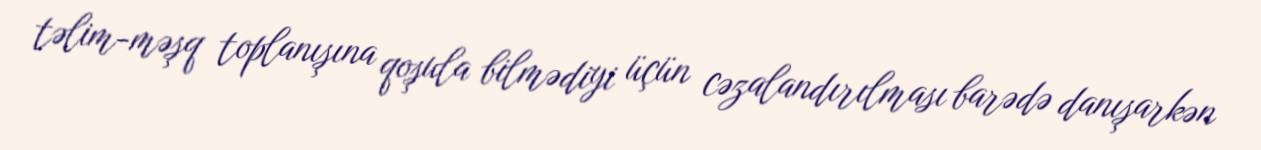
təlim-məşq toplanışına qoşula bilmədiyi üçün cəzalandırılması barədə danışarkən